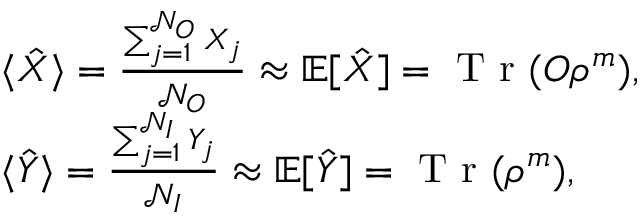
\begin{array} { r l } & { \langle \hat { X } \rangle = \frac { \sum _ { j = 1 } ^ { \mathcal { N } _ { O } } X _ { j } } { \mathcal { N } _ { O } } \approx \mathbb { E } [ \hat { X } ] = \textrm { T r } ( O \rho ^ { m } ) , } \\ & { \langle \hat { Y } \rangle = \frac { \sum _ { j = 1 } ^ { \mathcal { N } _ { I } } Y _ { j } } { \mathcal { N } _ { I } } \approx \mathbb { E } [ \hat { Y } ] = \textrm { T r } ( \rho ^ { m } ) , } \end{array}